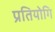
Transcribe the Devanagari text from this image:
प्रतियोगि